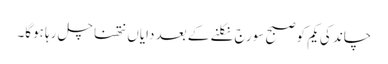
چاند کی یکم کو صبح سورج نکلنے کے بعد دایاں نتھنا چل رہا ہوگا۔